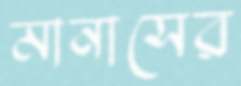
মানাসের